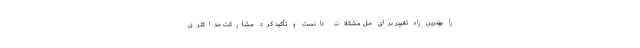
را بهترین راه تغییر برای حل مشکلات دانست و تأکید کرد مشارکت حداکثری